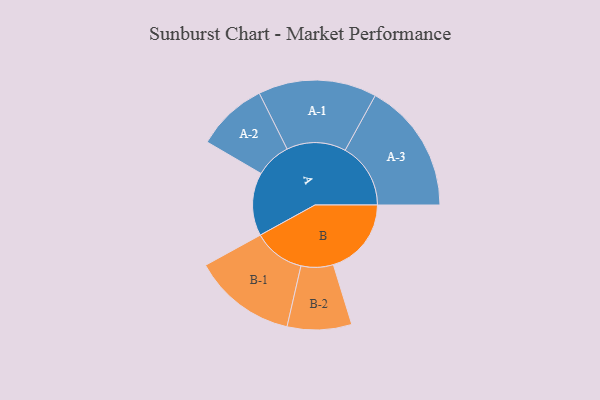
{"axis": {"x": "Segment", "y": "Value"}, "legend": ["", "A", "B"], "data": [{"x": "A", "y": 283, "type": ""}, {"x": "B", "y": 349, "type": ""}, {"x": "A-1", "y": 265, "type": "A"}, {"x": "A-2", "y": 159, "type": "A"}, {"x": "A-3", "y": 293, "type": "A"}, {"x": "B-1", "y": 231, "type": "B"}, {"x": "B-2", "y": 144, "type": "B"}]}